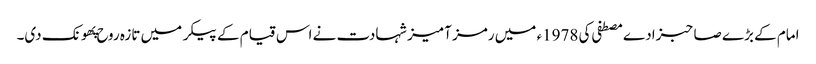
امام کے بڑے صاحبزادے مصطفی کی 1978ء میں رمز آمیز شہادت نے اس قیام کے پیکر میں تازہ روح پهونک دی۔